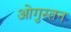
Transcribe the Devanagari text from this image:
ओगुस्तन